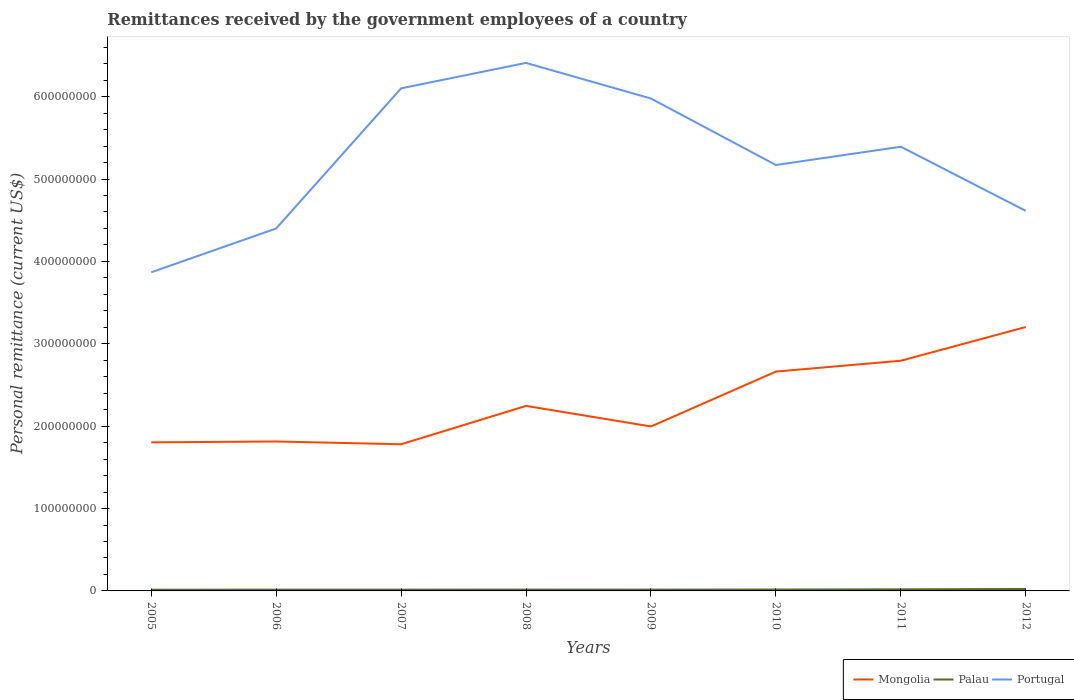
| Years | Mongolia | Palau | Portugal |
 | --- | --- | --- | --- |
 | 2005 | 1.8e+08 | 1.47e+06 | 3.87e+08 |
 | 2006 | 1.81e+08 | 1.54e+06 | 4.4e+08 |
 | 2007 | 1.78e+08 | 1.53e+06 | 6.1e+08 |
 | 2008 | 2.25e+08 | 1.6e+06 | 6.41e+08 |
 | 2009 | 2e+08 | 1.59e+06 | 5.98e+08 |
 | 2010 | 2.66e+08 | 1.69e+06 | 5.17e+08 |
 | 2011 | 2.79e+08 | 1.97e+06 | 5.39e+08 |
 | 2012 | 3.2e+08 | 2.36e+06 | 4.61e+08 |